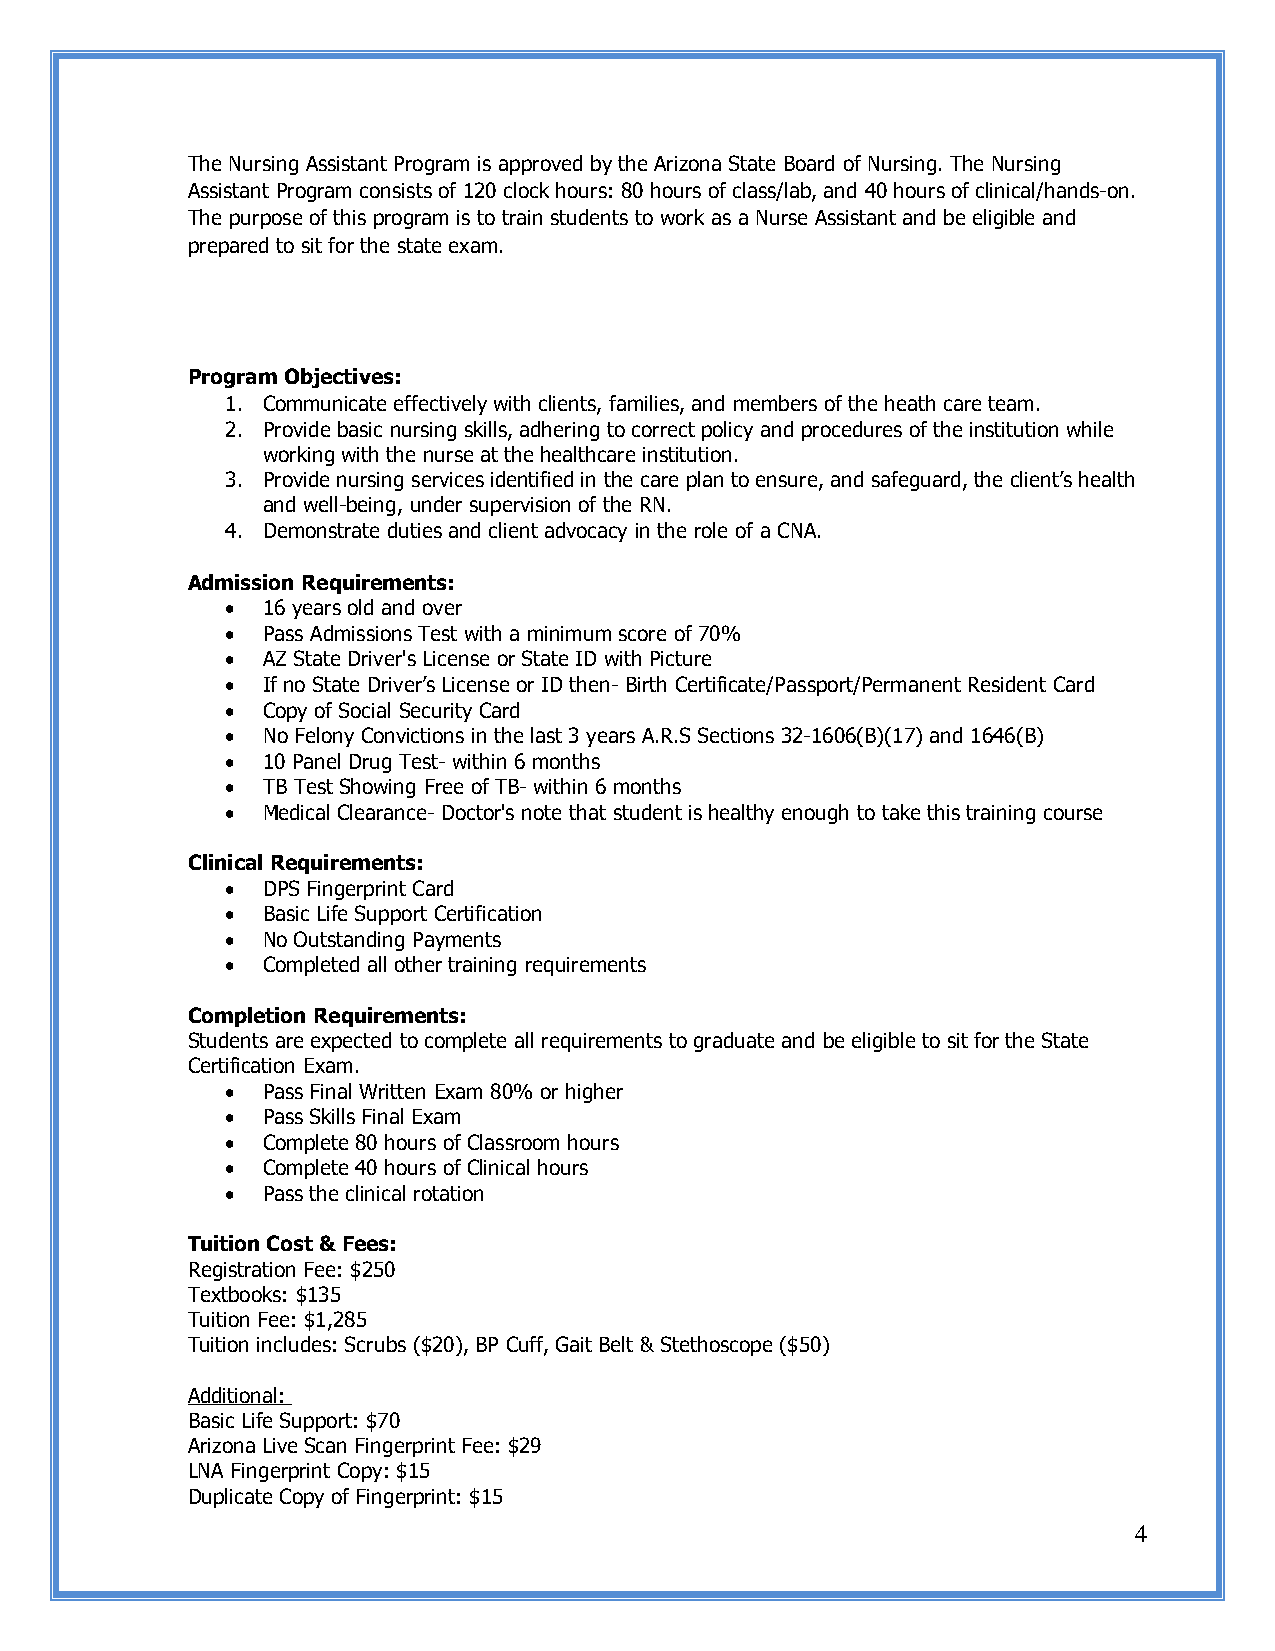
The Nursing Assistant Program is approved by the Arizona State Board of Nursing. The Nursing
 Assistant Program consists of 120 clock hours: 80 hours of class/lab, and 40 hours of clinical/hands-on.
 The purpose of this program is to train students to work as a Nurse Assistant and be eligible and
 prepared to sit for the state exam.
 Program Objectives:
 1. Communicate effectively with clients, families, and members of the heath care team.
 2. Provide basic nursing skills, adhering to correct policy and procedures of the institution while
 working with the nurse at the healthcare institution.
 3. Provide nursing services identified in the care plan to ensure, and safeguard, the client’s health
 and well-being, under supervision of the RN.
 4. Demonstrate duties and client advocacy in the role of a CNA.
 Admission Requirements:
  16 years old and over
  Pass Admissions Test with a minimum score of 70%
  AZ State Driver's License or State ID with Picture
  If no State Driver’s License or ID then- Birth Certificate/Passport/Permanent Resident Card
  Copy of Social Security Card
  No Felony Convictions in the last 3 years A.R.S Sections 32-1606(B)(17) and 1646(B)
  10 Panel Drug Test- within 6 months
  TB Test Showing Free of TB- within 6 months
  Medical Clearance- Doctor's note that student is healthy enough to take this training course
 Clinical Requirements:
  DPS Fingerprint Card
  Basic Life Support Certification
  No Outstanding Payments
  Completed all other training requirements
 Completion Requirements:
 Students are expected to complete all requirements to graduate and be eligible to sit for the State
 Certification Exam.
  Pass Final Written Exam 80% or higher
  Pass Skills Final Exam
  Complete 80 hours of Classroom hours
  Complete 40 hours of Clinical hours
  Pass the clinical rotation
 Tuition Cost & Fees:
 Registration Fee: $250
 Textbooks: $135
 Tuition Fee: $1,285
 Tuition includes: Scrubs ($20), BP Cuff, Gait Belt & Stethoscope ($50)
 Additional:
 Basic Life Support: $70
 Arizona Live Scan Fingerprint Fee: $29
 LNA Fingerprint Copy: $15
 Duplicate Copy of Fingerprint: $15
 4